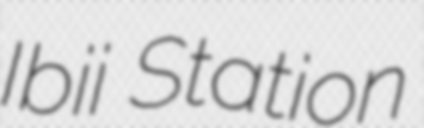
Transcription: Ibii Station